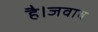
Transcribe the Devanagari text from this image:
है।जवाब